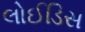
લોઈડિસ